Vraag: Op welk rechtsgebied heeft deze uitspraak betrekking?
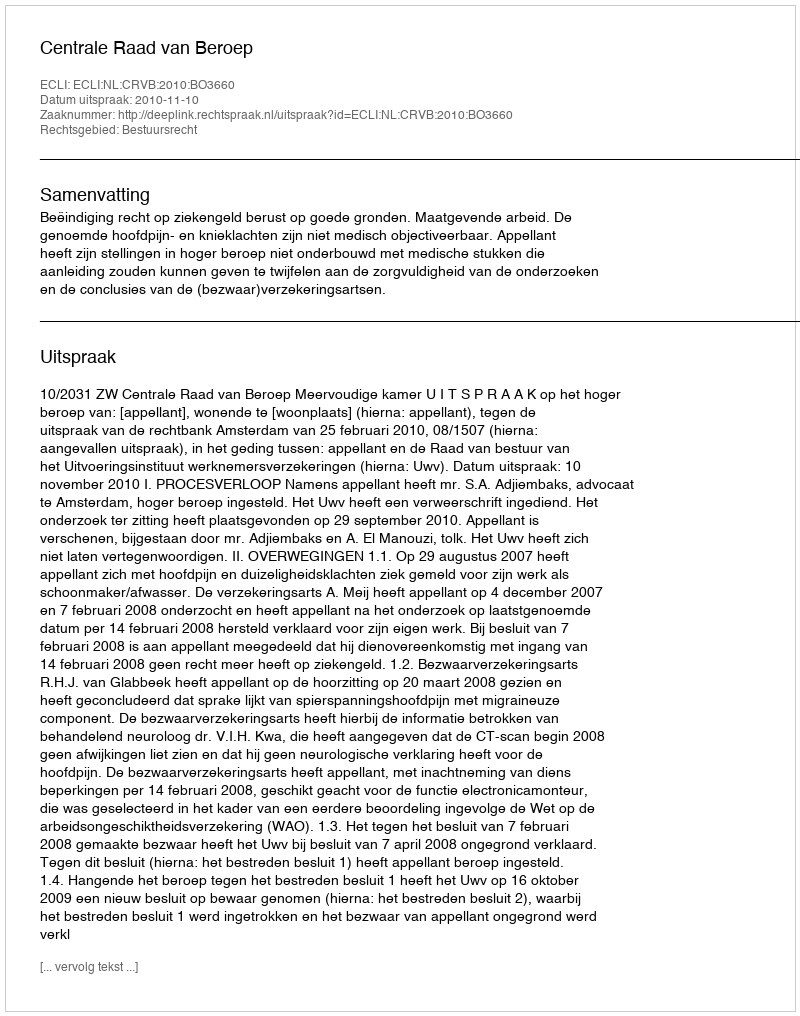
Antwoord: Bestuursrecht